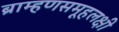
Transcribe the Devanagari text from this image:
ब्राम्हणसमूहलक्षी